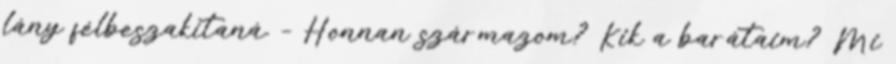
lány félbeszakítaná. – Honnan származom? Kik a barátaim? Mi